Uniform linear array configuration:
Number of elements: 64
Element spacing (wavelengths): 0.25
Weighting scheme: cosine
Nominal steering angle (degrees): -30
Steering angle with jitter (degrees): -28.864
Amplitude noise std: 0.05
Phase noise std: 0.05

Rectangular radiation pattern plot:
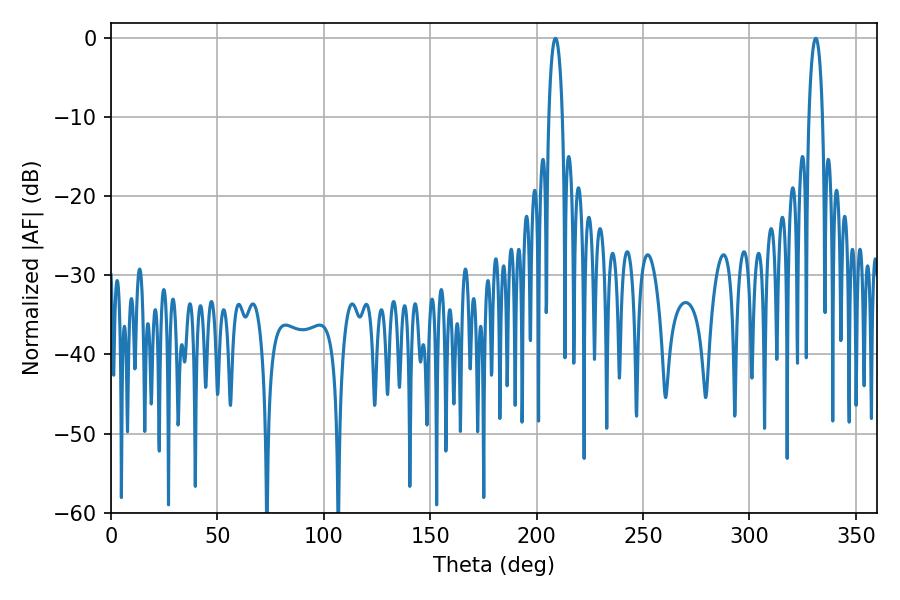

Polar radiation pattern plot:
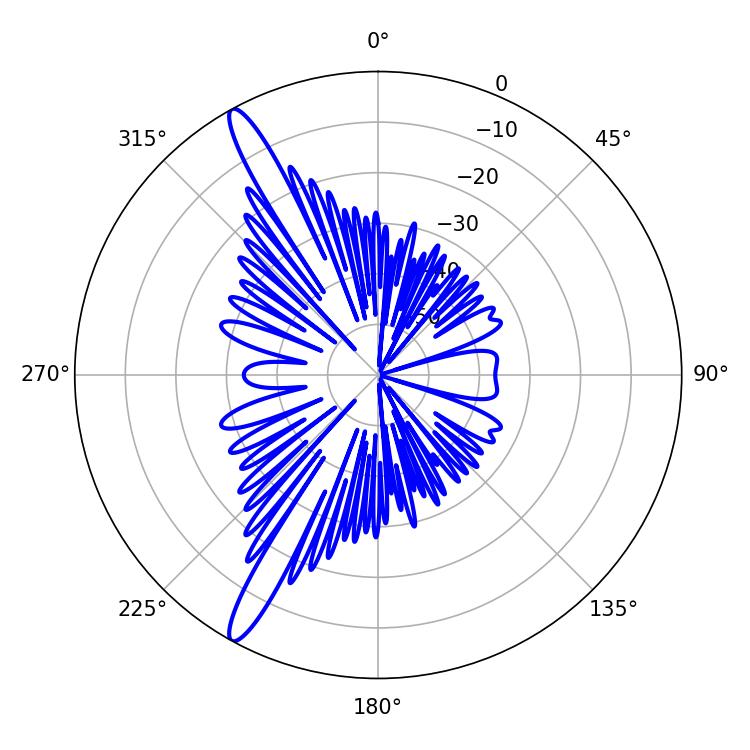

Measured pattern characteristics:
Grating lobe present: FALSE
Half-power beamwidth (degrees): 3.6
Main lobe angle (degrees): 208.8